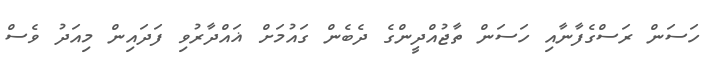
ހަސަން ރަސްގެފާނާއި ހަސަން ތާޖުއްދީންގެ ދެބެން ގައުމަށް ޣައްދާރުވި ފަދައިން މިއަދު ވެސް